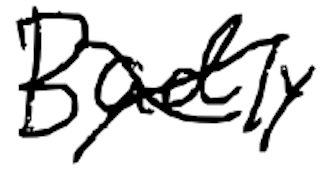
Text: Badly
Cross-out: cross
Writing tool: digital_black